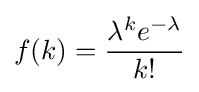
f(k)={\frac {\lambda ^{k}e^{-\lambda }}{k!}}